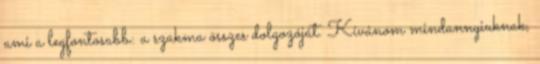
ami a legfontosabb: a szakma összes dolgozóját. Kívánom mindannyiuknak,